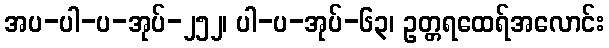
အပ-ပါ-ပ-အုပ်-၂၅၂၊ ပါ-ပ-အုပ်-၆၃၊ ဥတ္တရထေရ်အလောင်း